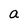
Character: a